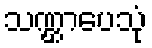
သဏ္ဌာပေသုံ